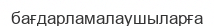
бағдарламалаушыларға